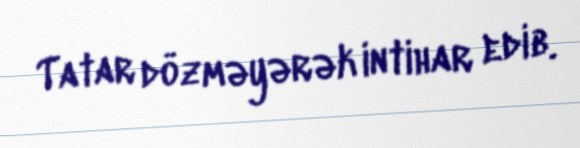
Tatar dözməyərək intihar edib.